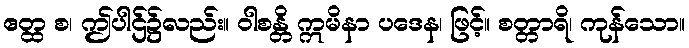
ဧတ္ထ စ၊ ဤပါဌ်၌လည်း။ ဝါစန္တိ ဣမိနာ ပဒေန၊ ဖြင့်။ စတ္တာရိ၊ ကုန်သော။